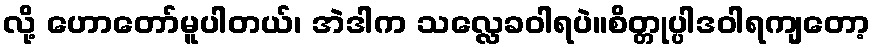
လို့ ဟောတော်မူပါတယ်၊ အဲဒါက သလ္လေခဝါရပဲ။စိတ္တုပ္ပါဒဝါရကျတော့